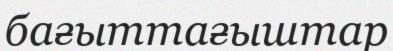
бағыттағыштар